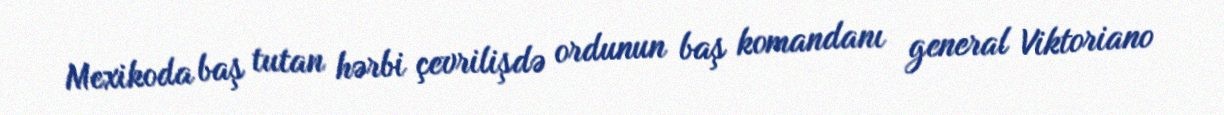
Mexikoda baş tutan hərbi çevrilişdə ordunun baş komandanı general Viktoriano